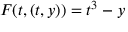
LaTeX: F ( t , ( t , y ) ) = t ^ { 3 } - y